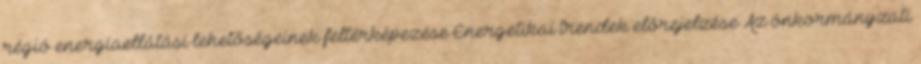
régió energiaellátási lehetőségeinek feltérképezése Energetikai trendek előrejelzése Az önkormányzati